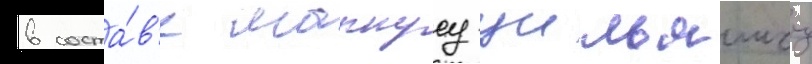
в соста́в'е маркусу уильямсу